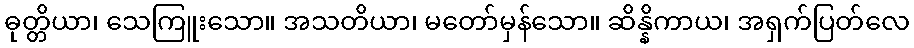
ဓုတ္တိယာ၊ သေကြူးသော။ အသတိယာ၊ မတော်မှန်သော။ ဆိန္နိကာယ၊ အရှက်ပြတ်လေ